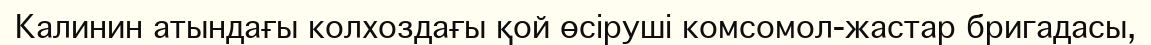
Калинин атындағы колхоздағы қой өсіруші комсомол-жастар бригадасы,